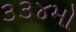
૩૩૪મો